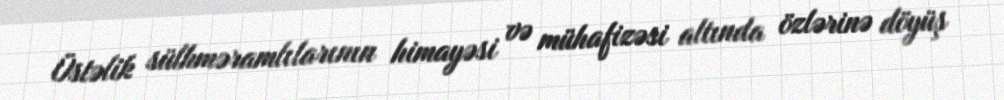
Üstəlik sülhməramlılarının himayəsi və mühafizəsi altında özlərinə döyüş